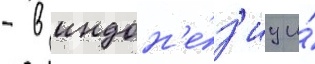
- в индон'е́з'иу и́